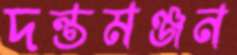
দন্তমঞ্জন